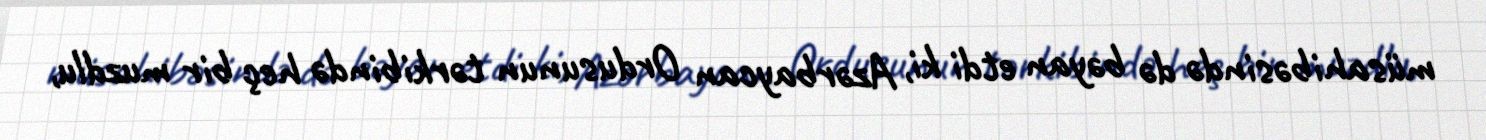
müsahibəsində də bəyan etdi ki, Azərbaycan Ordusunun tərkibində heç bir muzdlu,